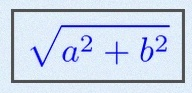
\sqrt{a^2+b^2}